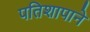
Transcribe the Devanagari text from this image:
पतिशापाने